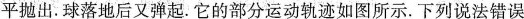
平抛出.球落地后又弹起.它的部分运动轨迹如图所示.下列说法错误